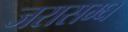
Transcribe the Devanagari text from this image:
जरासम्घ